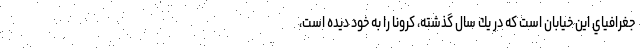
جغرافياي اين خيابان است كه در يك سال گذشته، كرونا را به خود ديده است،